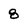
Character: 8